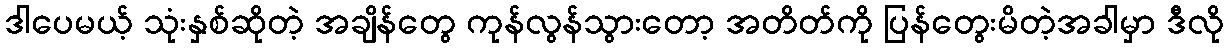
ဒါပေမယ့် သုံးနှစ်ဆိုတဲ့ အချိန်တွေ ကုန်လွန်သွားတော့ အတိတ်ကို ပြန်တွေးမိတဲ့အခါမှာ ဒီလို